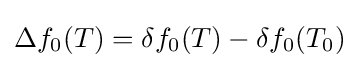
\Delta f_{0}(T)=\delta f_{0}(T)-\delta f_{0}(T_{0})